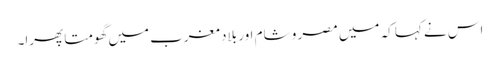
اس نے کہا کہ میں مصر و شام اور بلادِ مغرب میں گھومتا پھرا۔